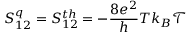
{ S _ { 1 2 } ^ { q } = S _ { 1 2 } ^ { t h } = - \frac { 8 e ^ { 2 } } { h } T k _ { B } \mathcal { T } }